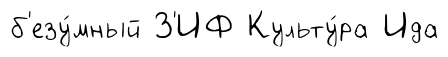
б'езу́мный З'ИФ Культу́ра Ида